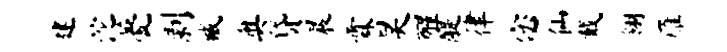
建沱甍剥臧奥贷晨霖昊醒醍律宓仙戴翎雁